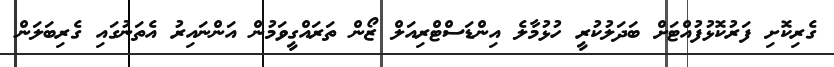
ގެރިކޮށި ފަރުކޮޅުފުއްޓަށް ބަދަލުކުރީ ހުޅުމާލެ އިންޑަސްޓްރިއަލް ޒޯން ތަރައްގީވަމުން އަންނައިރު އެތަނުގައި ގެރިބަލަން